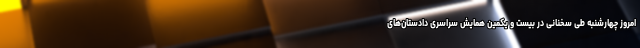
امروز چهارشنبه طی سخنانی در بیست و یکمین همایش سراسری دادستان‌های